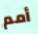
أمم